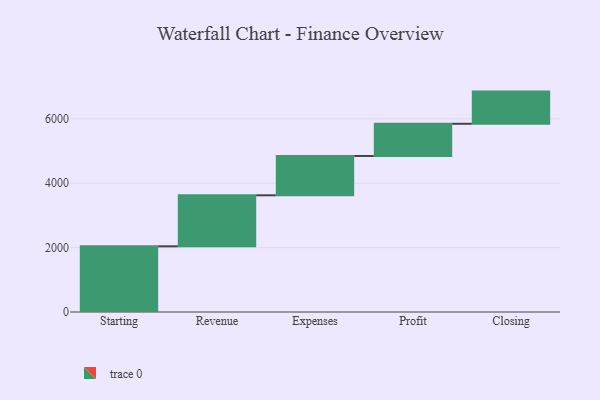
{"axis": {"x": "Step", "y": "Value"}, "legend": [""], "data": [{"x": "Starting", "y": 2041.0, "type": ""}, {"x": "Revenue", "y": 1585.0, "type": ""}, {"x": "Expenses", "y": 1222.0, "type": ""}, {"x": "Profit", "y": 1000, "type": ""}, {"x": "Closing", "y": 1000, "type": ""}]}